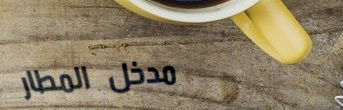
مدخل المطار